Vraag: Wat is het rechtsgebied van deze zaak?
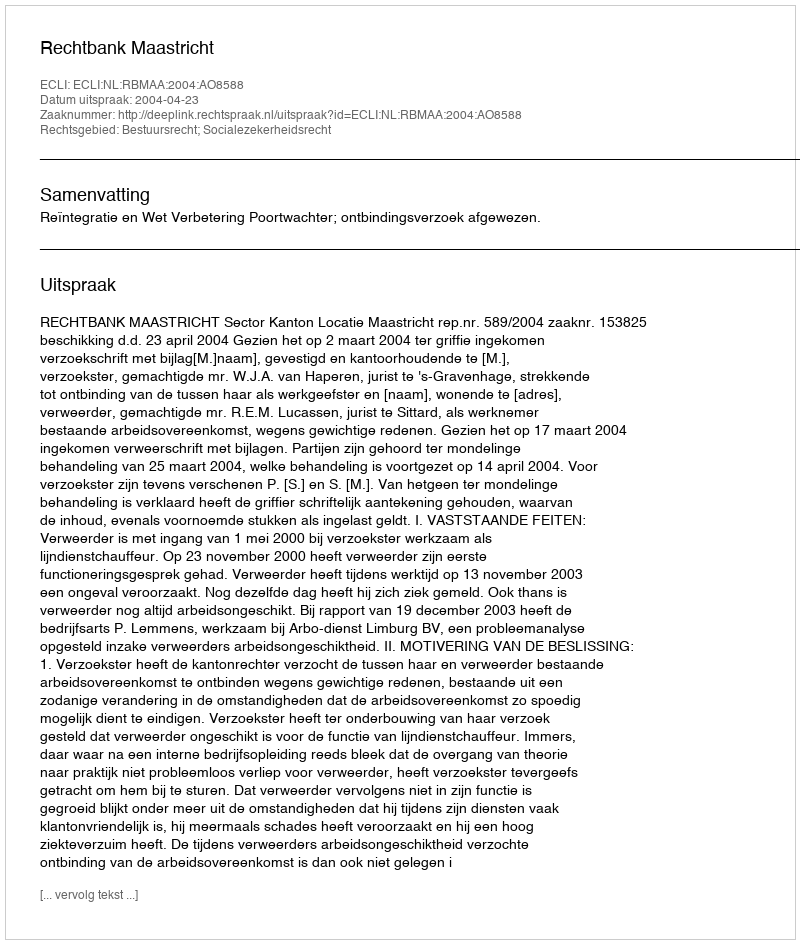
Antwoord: Bestuursrecht; Socialezekerheidsrecht